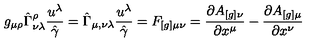
g _ { \mu \rho } \hat { \Gamma } _ { \nu \lambda } ^ { \rho } \frac { u ^ { \lambda } } { \hat { \gamma } } = \hat { \Gamma } _ { \mu , \nu \lambda } \frac { u ^ { \lambda } } { \hat { \gamma } } = F _ { [ g ] \mu \nu } = \frac { \partial A _ { [ g ] \nu } } { \partial x ^ { \mu } } - \frac { \partial A _ { [ g ] \mu } } { \partial x ^ { \nu } }